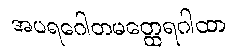
အပရဂေါတမတ္ထေရဂါထာ